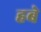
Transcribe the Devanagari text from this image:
हबे